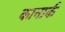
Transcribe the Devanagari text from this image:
कानार्क